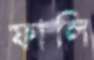
ফালি